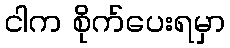
ငါက စိုက်ပေးရမှာ